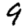
Digit: 9